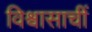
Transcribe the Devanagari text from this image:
विश्वासाचीं